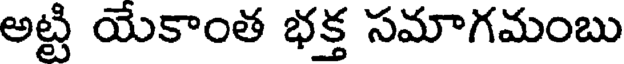
అట్టి యేకాంత భక్త సమాగమంబు